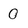
Character: 0